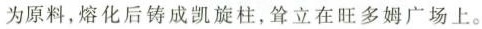
为原料,熔化后铸成凯旋柱,耸立在旺多姆广场上。